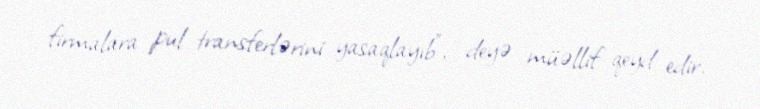
firmalara pul transferlərini yasaqlayıb”, - deyə müəllif qeyd edir.